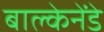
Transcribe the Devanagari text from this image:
बाल्केनेंडे